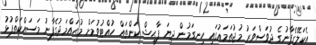
އެކަލޭގެފާނުގެ ދުވަސްވަރު މުޖުތަމަޢުގައި ހިނގަމުން ދިޔަ ފާޙިޝް ކަންތައް ހުއްޓުވުމަށް މުޙައްމަދުގެފާނު މަސައްކަތްޕުޅު